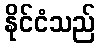
နိုင်ငံသည်